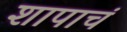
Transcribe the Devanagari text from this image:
शापाचं